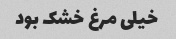
خیلی مرغ خشک بود